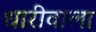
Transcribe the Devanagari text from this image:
धारीवाला